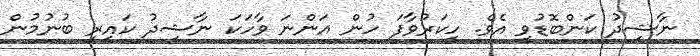
ނާޝިދު ކަންބޮޑުވި އެވެ. ހީކަރުވާފަ ހުން އަންނަ ވާހަކަ ނާޝިދު ކައިރީ ބުނުމުން